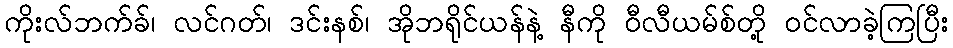
ကိုးလ်ဘက်ခ်၊ လင်ဂတ်၊ ဒင်းနစ်၊ အိုဘရိုင်ယန်နဲ့ နီကို ဝီလီယမ်စ်တို့ ဝင်လာခဲ့ကြပြီး